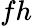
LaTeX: fh